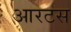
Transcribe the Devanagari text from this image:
आरटस